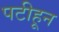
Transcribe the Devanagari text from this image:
पटीहून